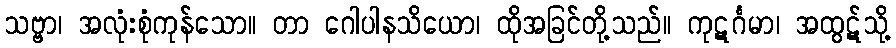
သဗ္ဗာ၊ အလုံးစုံကုန်သော။ တာ ဂေါပါနသိယော၊ ထိုအခြင်တို့သည်။ ကုဋင်္ဂမာ၊ အထွဋ်သို့